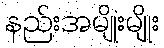
နည်းအမျိုးမျိုး